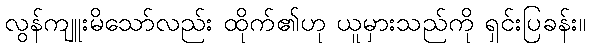
လွန်ကျူးမိသော်လည်း ထိုက်၏ဟု ယူမှားသည်ကို ရှင်းပြခန်း။